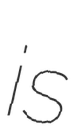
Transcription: is